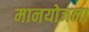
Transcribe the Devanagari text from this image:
मानयोजना